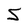
Character: S